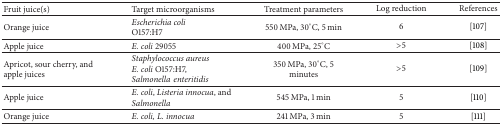
| Fruit juice(s) | Target microorganisms | Treatment parameters | Log reduction | References |
 | --- | --- | --- | --- | --- |
 | Orange juice | Escherichia coli O157:H7 | 550 MPa, 30°C, 5 min | 6 | [107] |
 | Apple juice | E. coli 29055 | 400 MPa, 25°C | >5 | [108] |
 | Apricot, sour cherry, and apple juices | Staphylococcus aureusE. coli O157:H7, Salmonellaenteritidis | 350 MPa, 30°C, 5 minutes | >5 | [109] |
 | Apple juice | E. coli, Listeria innocua, and Salmonella | 545 MPa, 1 min | 5 | [110] |
 | Orange juice | E. coli, L. innocua | 241 MPa, 3 min | 5 | [111] |